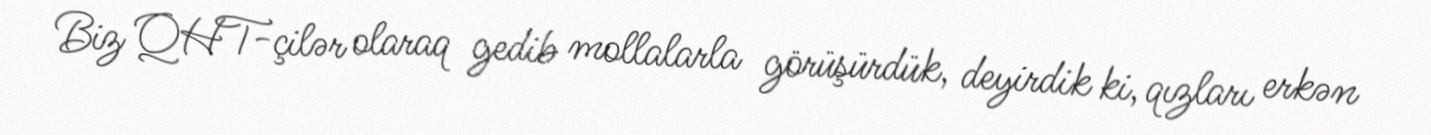
Biz QHT-çilər olaraq gedib mollalarla görüşürdük, deyirdik ki, qızları erkən